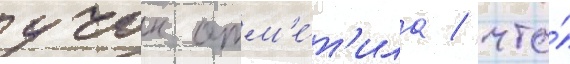
учок отм'е́т'ила / что́